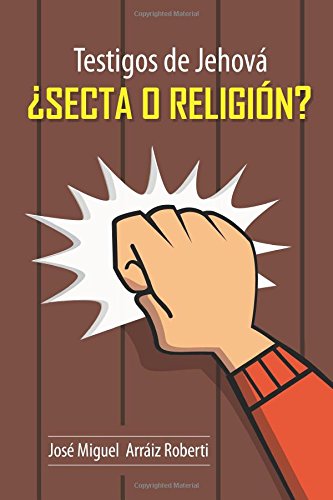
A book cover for Testigos de JehovÃ¡ Â¿Secta o ReligiÃ³n? (Spanish Edition); JosÃ© Miguel ArrÃ¡iz Roberti; Christian Books & Bibles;